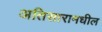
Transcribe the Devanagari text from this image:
अतिसारामधील